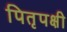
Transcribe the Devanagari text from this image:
पितृपक्षी